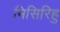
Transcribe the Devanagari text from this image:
मिसिरिहु